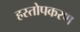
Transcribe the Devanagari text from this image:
हस्तोपकरण